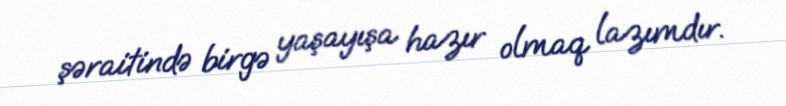
şəraitində birgə yaşayışa hazır olmaq lazımdır.